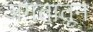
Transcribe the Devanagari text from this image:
जगतातून